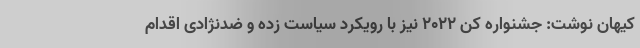
کیهان نوشت: جشنواره کن ۲۰۲۲ نیز با رویکرد سیاست زده و ضدنژادی اقدام